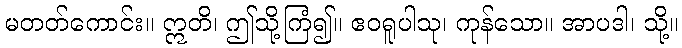
မတတ်ကောင်း။ ဣတိ၊ ဤသို့ကြံ၍။ ဧဝရူပါသု၊ ကုန်သော။ အာပဒါ၊ သို့။